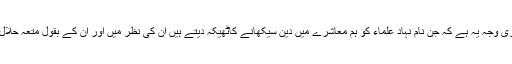
دوسری وجہ یہ ہے کہ جن نام نہاد علماء کو ہم معاشرے میں دین سیکھانے کاٹھیکہ دیتے ہیں اُن کی نظر میں اور اُن کے بقول متعہ حلال ہے۔